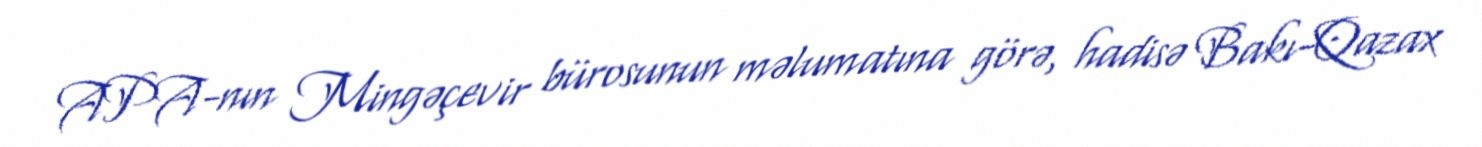
APA-nın Mingəçevir bürosunun məlumatına görə, hadisə Bakı-Qazax